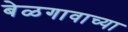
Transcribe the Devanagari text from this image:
बेळगावाच्या